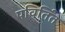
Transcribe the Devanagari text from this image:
पविर्तित